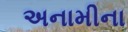
અનામીના